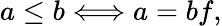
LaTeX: a\leq b\Longleftrightarrow a=bf,